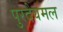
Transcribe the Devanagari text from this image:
पुरदेवमल